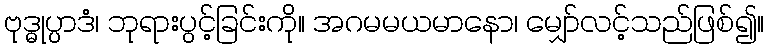
ဗုဒ္ဓုပ္ပာဒံ၊ ဘုရားပွင့်ခြင်းကို။ အဂမမယမာနော၊ မျှော်လင့်သည်ဖြစ်၍။